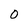
Character: 0